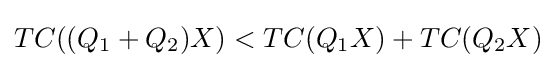
TC((Q_{1}+Q_{2})X)<TC(Q_{1}X)+TC(Q_{2}X)